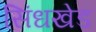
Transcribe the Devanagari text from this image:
सिंधखेड